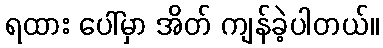
ရထား ပေါ်မှာ အိတ် ကျန်ခဲ့ပါတယ်။